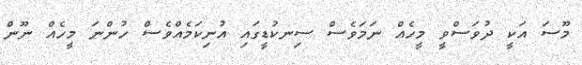
މޫސަ އަކީ ދުވަސްވީ މީހެއް ނަމަވެސް ސިނކުޑީގައި އުނިކަމެއްވެސް ހުންނަ މީހެއް ނޫން